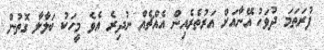
ފުރަތަމަ ދުވަހު އޭނާއަށް އަރުތެރެއިން އެއްޗެއް ނުދިރެ އެވެ މީހަކު ބަލާލާ ގޮތުން